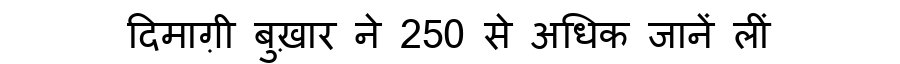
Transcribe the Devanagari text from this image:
दिमाग़ी बुख़ार ने 250 से अधिक जानें लीं